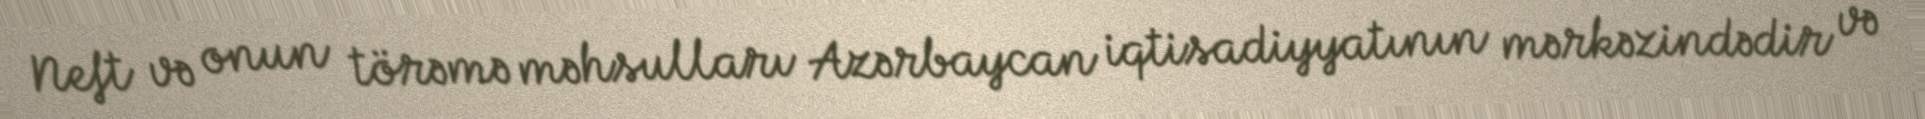
Neft və onun törəmə məhsulları Azərbaycan iqtisadiyyatının mərkəzindədir və